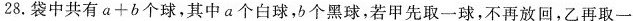
28.袋中共有$$a + b$$个球，其中a个白球，b个黑球，若甲先取一球，不再放回，乙再取一